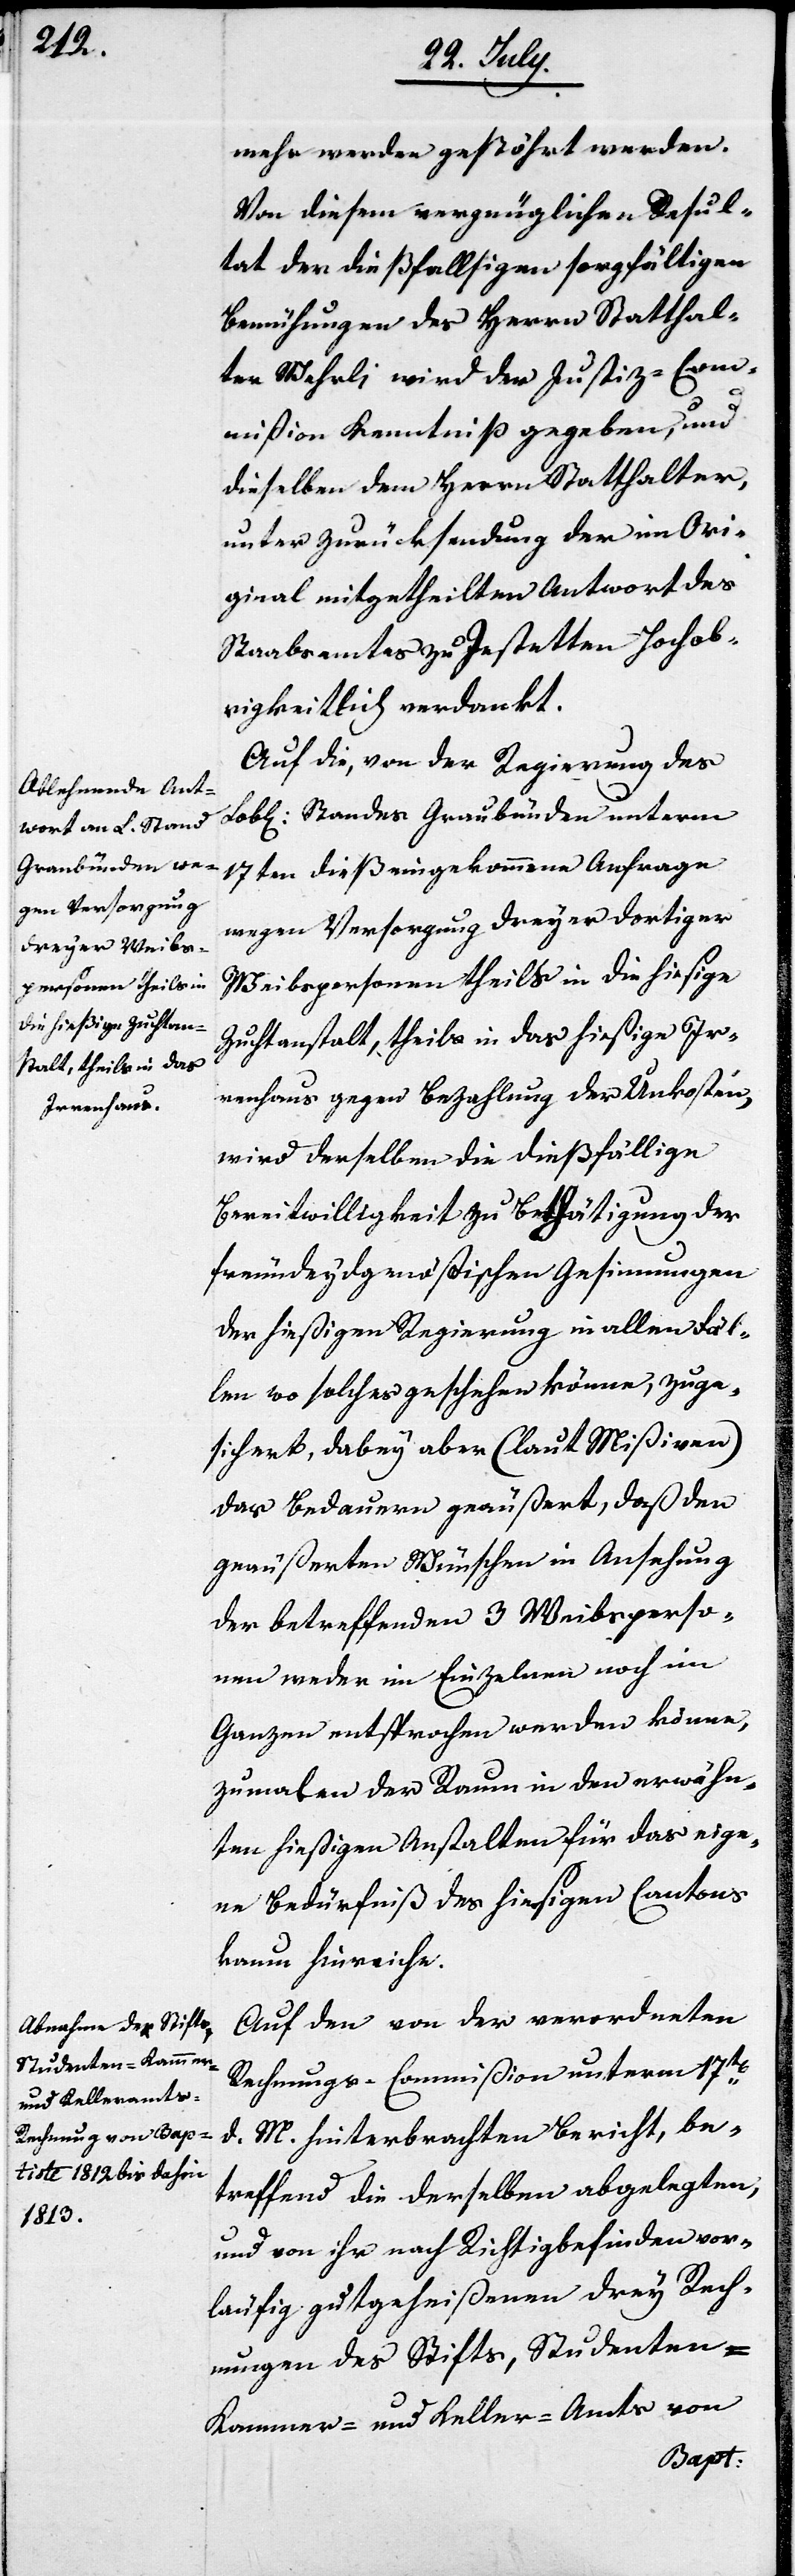
mehr werden gestöhrt werden.
Von diesem vergnüglichen Resul¬
tat der dießfallsigen sorgfältigen
Bemühungen des Herrn Statthal¬
ter Wehrli, wird der Justiz-Com¬
mißion Kenntniß gegeben, und
dieselbe dem Herrn Statthalter
unter Zurücksendung der im Ori¬
ginal mitgetheilten Antwort des
Staabsamtes zu Jestetten Hochob¬
rigkeitlich verdankt.
Auf die, von der Regierung des
Lobl. Standes Graubünden unterm
17ten dieß eingekommene Anfrage
wegen Versorgung dreyer dortiger
Weibspersonen theils in die hießige
Zuchtanstalt, theils in das hießige Ir¬
renhaus gegen Bezahlung der Unkosten
wird derselben die dießfällige
Bereitwilligkeit zu Bethätigung der
freundeydgenößischen Gesinnungen
der hießigen Regierung in allen Fäl¬
len wo solches geschehen könne, zuge¬
sichert, dabey aber (laut Mißiven)
das Bedauern geäußert, daß den
geäußerten Wünschen in Ansehung
der betreffenden 3. Weibsperso¬
nen weder im Einzelnen noch im
Ganzen entsprochen werden könne,
zumalen der Raum in den erwähn¬
ten hießigen Anstalten für das eige¬
ne Bedürfniß des hießigen Cantons
kaum hinreiche.
Auf den von der verordneten
Rechnungs-Commißion unterm 17ten
d. M. hinterbrachten Bericht, be¬
treffend die derselben abgelegten
und von ihr nach Richtigbefinden vor¬
läufig gutgeheißenen drey Rech¬
nungen des Stifts, Studenten-
Kammer- und Keller-Amts von